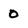
Character: 0